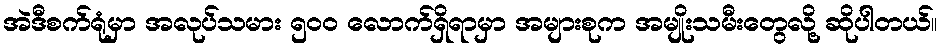
အဲဒီစက်ရုံမှာ အလုပ်သမား ၅၀၀ လောက်ရှိရာမှာ အများစုက အမျိုးသမီးတွေလို့ ဆိုပါတယ်။